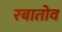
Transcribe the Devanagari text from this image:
रबातोव